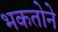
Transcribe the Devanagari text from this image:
भकतोने